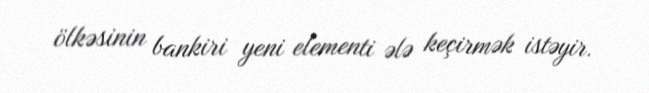
ölkəsinin bankiri yeni elementi ələ keçirmək istəyir.